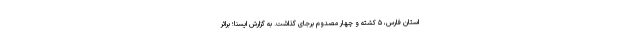
استان فارس، ۵ کشته و چهار مصدوم برجای گذاشت. به گزارش ایسنا؛ براثر